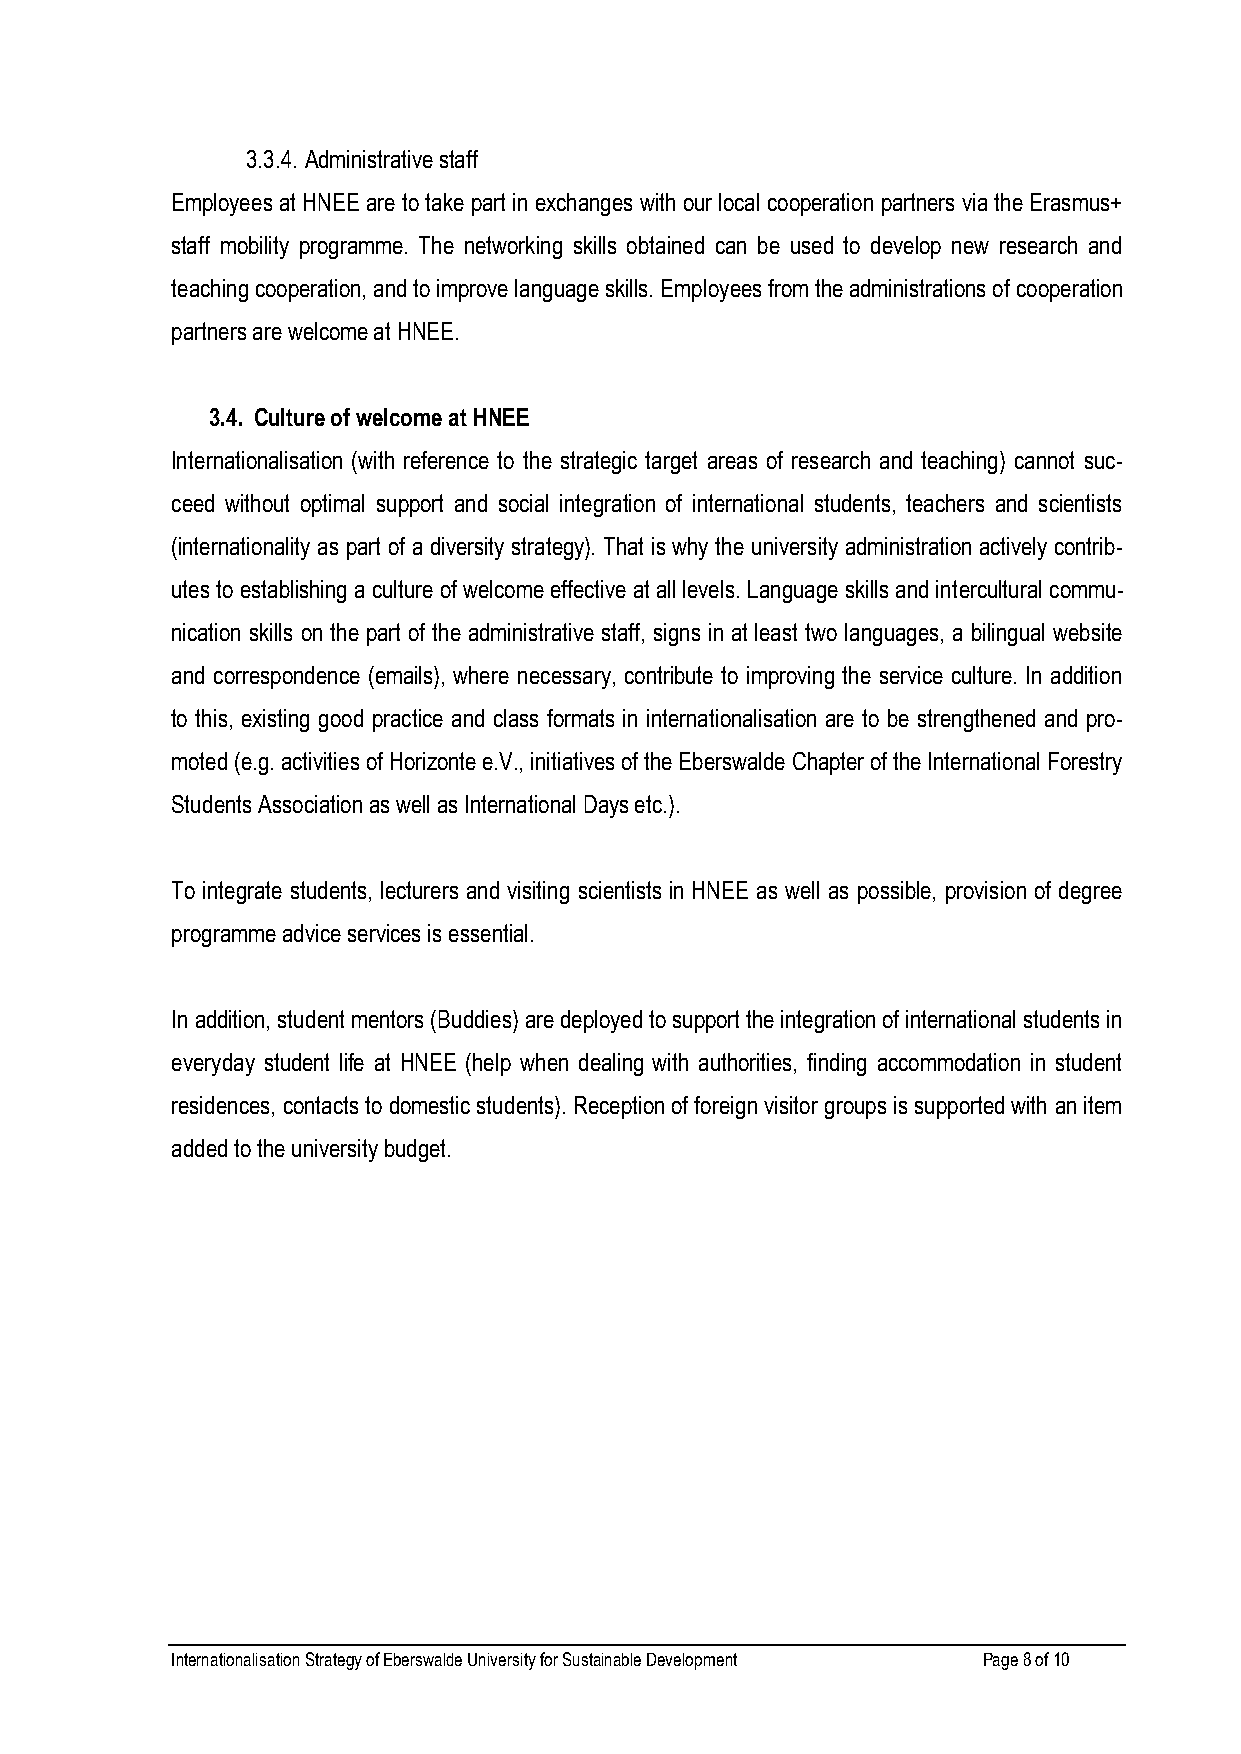
3.3.4. Administrative staff
 Employees at HNEE are to take part in exchanges with our local cooperation partners via the Erasmus+
 staff mobility programme. The networking skills obtained can be used to develop new research and
 teaching cooperation, and to improve language skills. Employees from the administrations of cooperation
 partners are welcome at HNEE.
 3.4. Culture of welcome at HNEE
 Internationalisation (with reference to the strategic target areas of research and teaching) cannot suc-
 ceed without optimal support and social integration of international students, teachers and scientists
 (internationality as part of a diversity strategy). That is why the university administration actively contrib-
 utes to establishing a culture of welcome effective at all levels. Language skills and intercultural commu-
 nication skills on the part of the administrative staff, signs in at least two languages, a bilingual website
 and correspondence (emails), where necessary, contribute to improving the service culture. In addition
 to this, existing good practice and class formats in internationalisation are to be strengthened and pro-
 moted (e.g. activities of Horizonte e.V., initiatives of the Eberswalde Chapter of the International Forestry
 Students Association as well as International Days etc.).
 To integrate students, lecturers and visiting scientists in HNEE as well as possible, provision of degree
 programme advice services is essential.
 In addition, student mentors (Buddies) are deployed to support the integration of international students in
 everyday student life at HNEE (help when dealing with authorities, finding accommodation in student
 residences, contacts to domestic students). Reception of foreign visitor groups is supported with an item
 added to the university budget.
 Internationalisation Strategy of Eberswalde University for Sustainable Development Page 8 of 10